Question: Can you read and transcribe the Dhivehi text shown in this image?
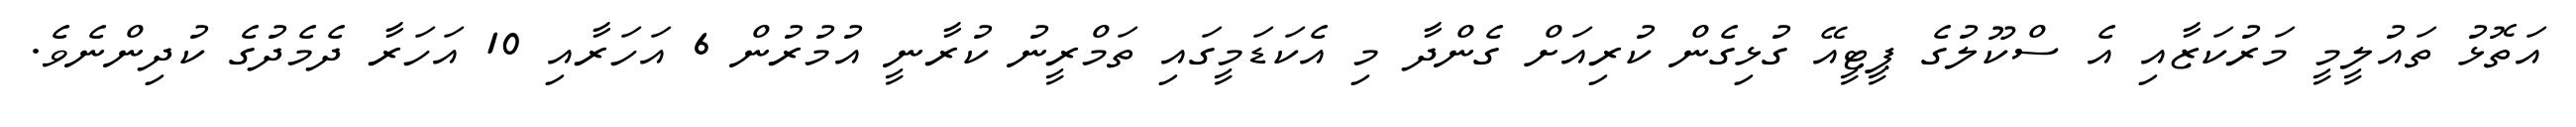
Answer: އަތޮޅު ތައުލީމީ މަރުކަޒާއި އެ ސްކޫލުގެ ޕީޓީއޭ ގުޅިގެން ކުރިއަށް ގެންދާ މި އެކަޑަމީގައި ތަމްރީނު ކުރާނީ އުމުރުން 6 އަހަރާއި 10 އަހަރާ ދެމެދުގެ ކުދިންނެވެ.